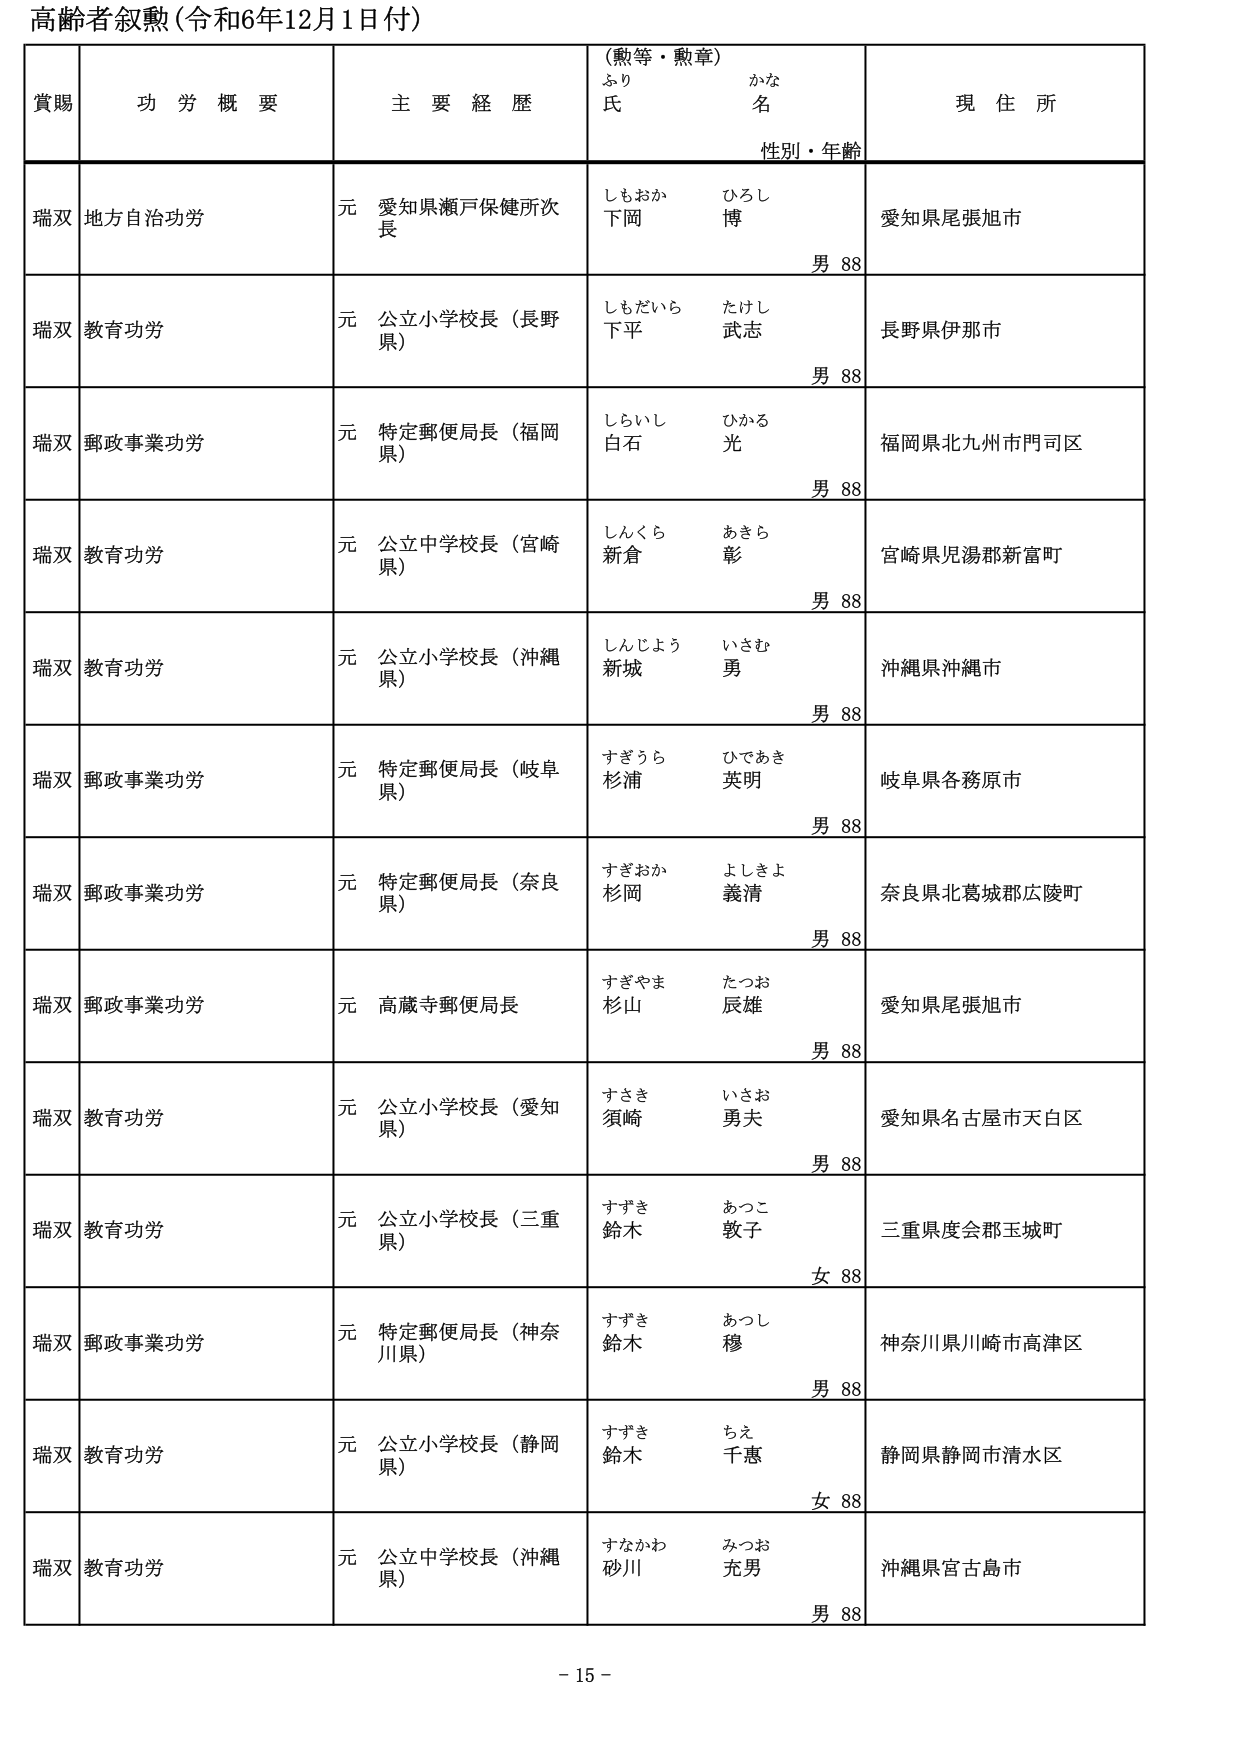
高齢者叙勲（令和6年12月1日付）

賞賜　　功労概要　　主要経歴　　（勲等・勲章）　　現住所
　　　　　　　　　　　　　　ふり　　　　かな
　　　　　　　　　　　　　　氏　　　　名
　　　　　　　　　　　　　　性別・年齢

瑞双　地方自治功労　　元 愛知県瀬戸保健所次長　　しもおか　ひろし　　愛知県尾張旭市
　　　　　　　　　　　　　　　　　　　　　　　　下岡　　博　　　　　　男 88

瑞双　教育功労　　元 公立小学校長（長野県）　　しもだいら　たけし　　長野県伊那市
　　　　　　　　　　　　　　　　　　　　　　　　下平　　武志　　　　男 88

瑞双　郵政事業功労　　元 特定郵便局長（福岡県）　　しらいし　ひかる　　福岡県北九州市門司区
　　　　　　　　　　　　　　　　　　　　　　　　白石　　光　　　　　　男 88

瑞双　教育功労　　元 公立中学校長（宮崎県）　　しんくら　あきら　　宮崎県児湯郡新富町
　　　　　　　　　　　　　　　　　　　　　　　　新倉　　彰　　　　　　男 88

瑞双　教育功労　　元 公立小学校長（沖縄県）　　しんじょう　いさむ　　沖縄県沖縄市
　　　　　　　　　　　　　　　　　　　　　　　　新城　　勇　　　　　　男 88

瑞双　郵政事業功労　　元 特定郵便局長（岐阜県）　　すぎうら　ひであき　　岐阜県各務原市
　　　　　　　　　　　　　　　　　　　　　　　　杉浦　　英明　　　　男 88

瑞双　郵政事業功労　　元 特定郵便局長（奈良県）　　すぎおか　よしきよ　　奈良県北葛城郡広陵町
　　　　　　　　　　　　　　　　　　　　　　　　杉岡　　義清　　　　男 88

瑞双　郵政事業功労　　元 高蔵寺郵便局長　　すぎやま　たつお　　愛知県尾張旭市
　　　　　　　　　　　　　　　　　　　　　　杉山　　辰雄　　　　男 88

瑞双　教育功労　　元 公立小学校長（愛知県）　　すさき　いさお　　愛知県名古屋市天白区
　　　　　　　　　　　　　　　　　　　　　　須崎　　勇夫　　　　男 88

瑞双　教育功労　　元 公立小学校長（三重県）　　すずき　あつこ　　三重県度会郡玉城町
　　　　　　　　　　　　　　　　　　　　　　鈴木　　敦子　　　　女 88

瑞双　郵政事業功労　　元 特定郵便局長（神奈川県）　　すずき　あつし　　神奈川県川崎市高津区
　　　　　　　　　　　　　　　　　　　　　　　　鈴木　　穆　　　　　　男 88

瑞双　教育功労　　元 公立小学校長（静岡県）　　すずき　ちえ　　静岡県静岡市清水区
　　　　　　　　　　　　　　　　　　　　　　鈴木　　千恵　　　　女 88

瑞双　教育功労　　元 公立中学校長（沖縄県）　　すなかわ　みつお　　沖縄県宮古島市
　　　　　　　　　　　　　　　　　　　　　　砂川　　充男　　　　男 88

- 15 -